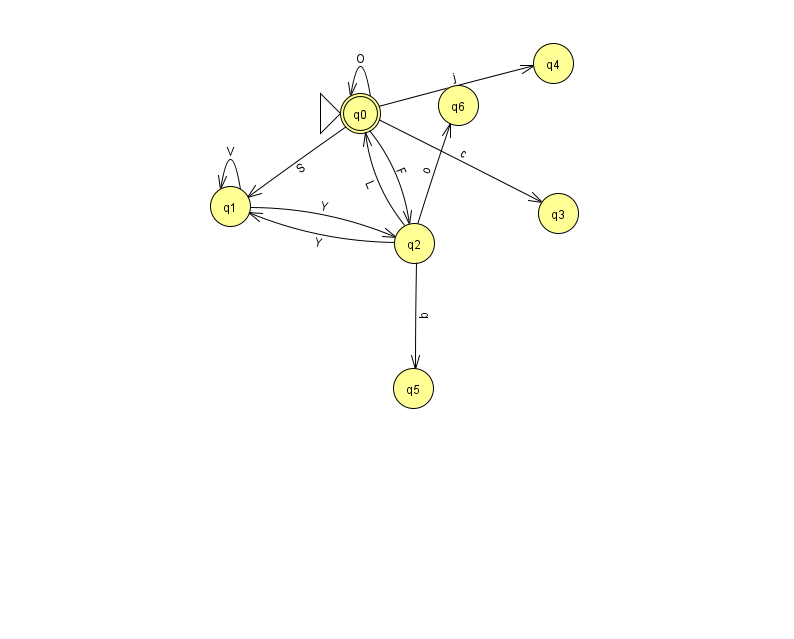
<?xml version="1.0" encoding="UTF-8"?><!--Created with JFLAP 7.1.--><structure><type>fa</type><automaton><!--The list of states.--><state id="0" name="q0"><x>360.0</x><y>100.0</y><initial/><final/></state><state id="1" name="q1"><x>230.0</x><y>193.0</y></state><state id="2" name="q2"><x>414.0</x><y>230.0</y></state><state id="3" name="q3"><x>558.0</x><y>200.0</y></state><state id="4" name="q4"><x>553.0</x><y>50.0</y></state><state id="5" name="q5"><x>413.0</x><y>375.0</y></state><state id="6" name="q6"><x>458.0</x><y>92.0</y></state><!--The list of transitions.--><transition><from>2</from><to>6</to><read>o</read></transition><transition><from>1</from><to>1</to><read>V</read></transition><transition><from>0</from><to>2</to><read>F</read></transition><transition><from>1</from><to>2</to><read>Y</read></transition><transition><from>2</from><to>1</to><read>Y</read></transition><transition><from>2</from><to>5</to><read>b</read></transition><transition><from>0</from><to>3</to><read>c</read></transition><transition><from>0</from><to>1</to><read>S</read></transition><transition><from>2</from><to>0</to><read>L</read></transition><transition><from>0</from><to>0</to><read>O</read></transition><transition><from>0</from><to>4</to><read>j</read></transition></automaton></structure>